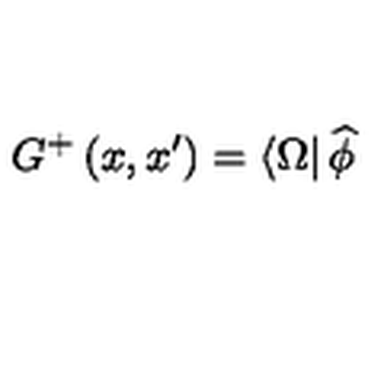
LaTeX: G ^ { + } \left( x , x ^ { \prime } \right) = \left\langle \Omega \right| \widehat { \phi }